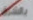
بالشرق